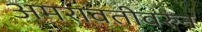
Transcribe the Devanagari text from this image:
अमरावतीवरुन